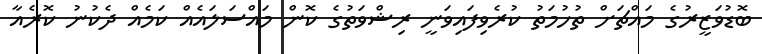
ބޮޑުވަޒީރުގެ މައްޗަށް ތުހުމަތު ކުރެވިފައިވަނީ ރިޝްވަތުގެ ކޮން މައްސަލައެއް ކަމެއް ދެކުނު ކޮރެއާ